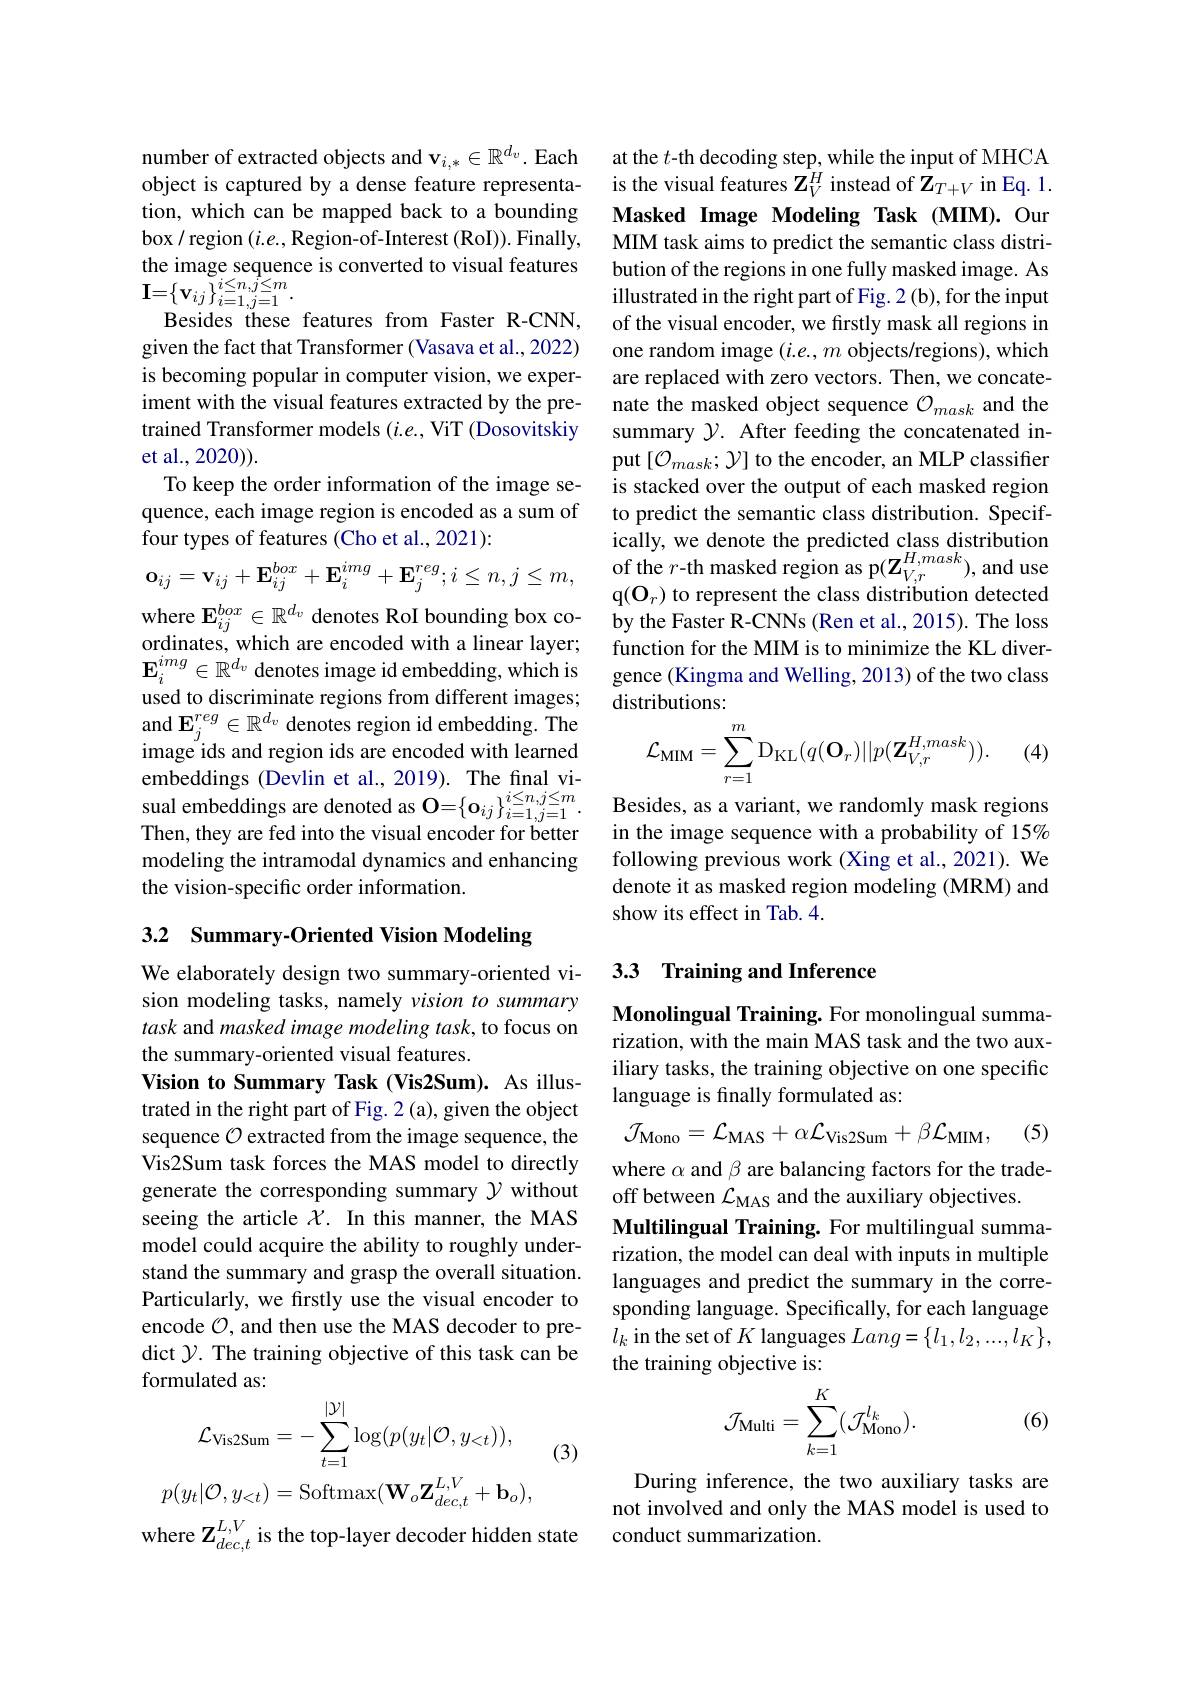
number of extracted objects and $\mathbf{v}_{i,*}\in\mathbb{R}^{d_v}.$ Each object is captured by a dense feature representation, which can be mapped back to a bounding the image sequence is converted to visual features $\mathbf{I}=\left\{\mathbf{v}_{ij}\right\}_{i=1,j=1}^{i\leq n,j\leq m}.$
Besides these features from Faster R-CNN, given the fact that Transformer (Vasava et al., 2022) is becoming popular in computer vision, we experiment with the visual features extracted by the pretrained Transformer models ($i.e.$, ViT (Dosovitskiy et al., 2020)).
To keep the order information of the image sequence, each image region is encoded as a sum of four types of features (Cho et al., 2021):
$$\mathbf{o}_{ij}=\mathbf{v}_{ij}+\mathbf{E}_{ij}^{box}+\mathbf{E}_{i}^{img}+\mathbf{E}_{j}^{reg};i\leq n,j\leq m,$$
where $\mathbf{E}_ij^{box}\in\mathbb{R}^{d_v}$ denotes RoI bounding box coordinates, which are encoded with a linear layer; $\mathbf{E}_i^{img}\in\mathbb{R}^{d_v}$ denotes image id embedding, which is used to discriminate regions from different images; and $\mathbf{E}_j^{reg}\in\mathbb{R}^{d_v}$ denotes region id embedding. The image ids and region ids are encoded with learned embeddings (Devlin et al., 2019). The final visual embeddings are denoted as $\mathbf{O} = \{ \mathbf{o} _{ij}\} _{i= 1, j= 1}^{i\leq n, j\leq m}.$ Besides, as a variant, we randomly mask regions Then, they are fed into the visual encoder for better in the image sequence with a probability of 15%
modeling the intramodal dynamics and enhancing
the vision-specific order information.

3.2 Summary-Oriented Vision Modeling

We elaborately design two summary-oriented vision modeling tasks, namely vision to summary task and masked image modeling task, to focus on the summary-oriented visual features.
Vision to Summary Task (Vis2Sum). As illustrated in the right part of Fig. 2 (a), given the object sequence $\mathcal{O}$ extracted from the image sequence, the Vis2Sum task forces the MAS model to directly generate the corresponding summary $\mathcal{Y}$ without seeing the article $\chi$. In this manner, the MAS model could acquire the ability to roughly understand the summary and grasp the overall situation. Particularly, we firstly use the visual encoder to encode $\mathcal{O}$, and then use the MAS decoder to predict $\mathcal{Y}.$ The training objective of this task can be formulated as:
$$\mathcal{L}_{\text{Vis2Sum}}=-\sum_{t=1}^{|\mathcal{Y}|}\log(p(y_t|\mathcal{O},y_{<t})),$$
$$p(y_{t}|\mathcal{O},y_{<t})=\mathrm{Softmax}(\mathbf{W}_{o}\mathbf{Z}_{dec,t}^{L,V}+\mathbf{b}_{o}),$$
(3)

where $\mathbf{Z}_{dec,t}^{L,V}$ is the top-layer decoder hidden state

at the $t$-th decoding step, while the input of MHCA is the visual features $\mathbf{Z}_V^H$ instead of $\mathbf{Z}_T+V$ in Eq. 1. Masked Image Modeling Task (MIM).Our MIM task aims to predict the semantic class distribution of the regions in one fully masked image. As illustrated in the right part of Fig. 2 (b), for the input of the visual encoder, we firstly mask all regions in one random image $(i.e.,m$ objects/regions), which are replaced with zero vectors. Then, we concatenate the masked object sequence $\mathcal{O}_mask$ and the summary $\mathcal{Y}.$ After feeding the concatenated input $[\mathcal{O}_{mask};\mathcal{Y}]$ to the encoder, an MLP classifier is stacked over the output of each masked region to predict the semantic class distribution. Specifically, we denote the predicted class distribution of the $r$-th masked region as p$(\mathbf{Z}_{V,r}^{H,mask})$, and use q(O_r) to represent the class distribution detected by the Faster R-CNNs (Ren et al., 2015). The loss function for the MIM is to minimize the KL divergence (Kingma and Welling, 2013) of the two class distributions:
$$\mathcal{L}_{\mathrm{MIM}}=\sum_{r=1}^{m}\mathrm{D}_{\mathrm{KL}}(q(\mathbf{O}_{r})||p(\mathbf{Z}_{V,r}^{H,mask})).$$
(4)

following previous work (Xing et al., 2021). We denote it as masked region modeling (MRM) and show its effect in Tab. 4.

## 3.3 Training and Inference

Monolingual Training. For monolingual summarization, with the main MAS task and the two auxiliary tasks, the training objective on one specific language is finally formulated as:
$$\mathcal{J}_{\mathrm{Mono}}=\mathcal{L}_{\mathrm{MAS}}+\alpha\mathcal{L}_{\mathrm{Vis2Sum}}+\beta\mathcal{L}_{\mathrm{MIM}},$$
(5)

where $\alpha$ and $\beta$ are balancing factors for the trade-
off between $\mathcal{L}_\mathrm{MAS}$ and the auxiliary objectives.
Multilingual Training. For multilingual summarization, the model can deal with inputs in multiple languages and predict the summary in the corresponding language. Specifically, for each language $l_{k}$ in the set of $K$ languages $Lang=\{l_1,l_2,...,l_K\}$, the training objective is:

(6)
$$\mathcal{J}_{\mathrm{Multi}}=\sum_{k=1}^{K}(\mathcal{J}_{\mathrm{Mono}}^{l_{k}}).$$
During inference, the two auxiliary tasks are not involved and only the MAS model is used to conduct summarization.